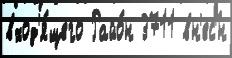
вход'я́щего Райо́н 3711 вн'ес'́н